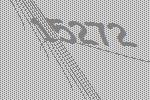
15272